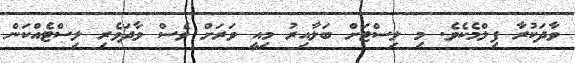
ވާދަކުރާ ފިލްމެކެވެ. މި ލިސްޓަށް ބަލާއިރު މިއީ ވަރަށް ވެސް ވާދަވެރި ލިސްޓެއްކަން